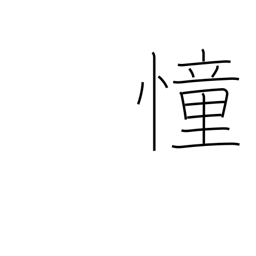
Meaning: yearn after